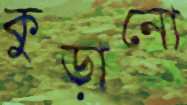
কুড়ানো